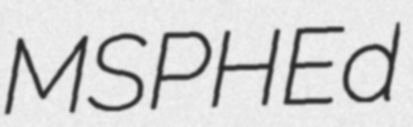
MSPHEd